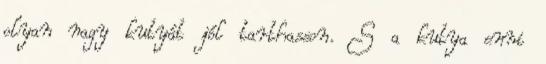
olyan nagy kutyát jól tarthasson. S a kutya enni